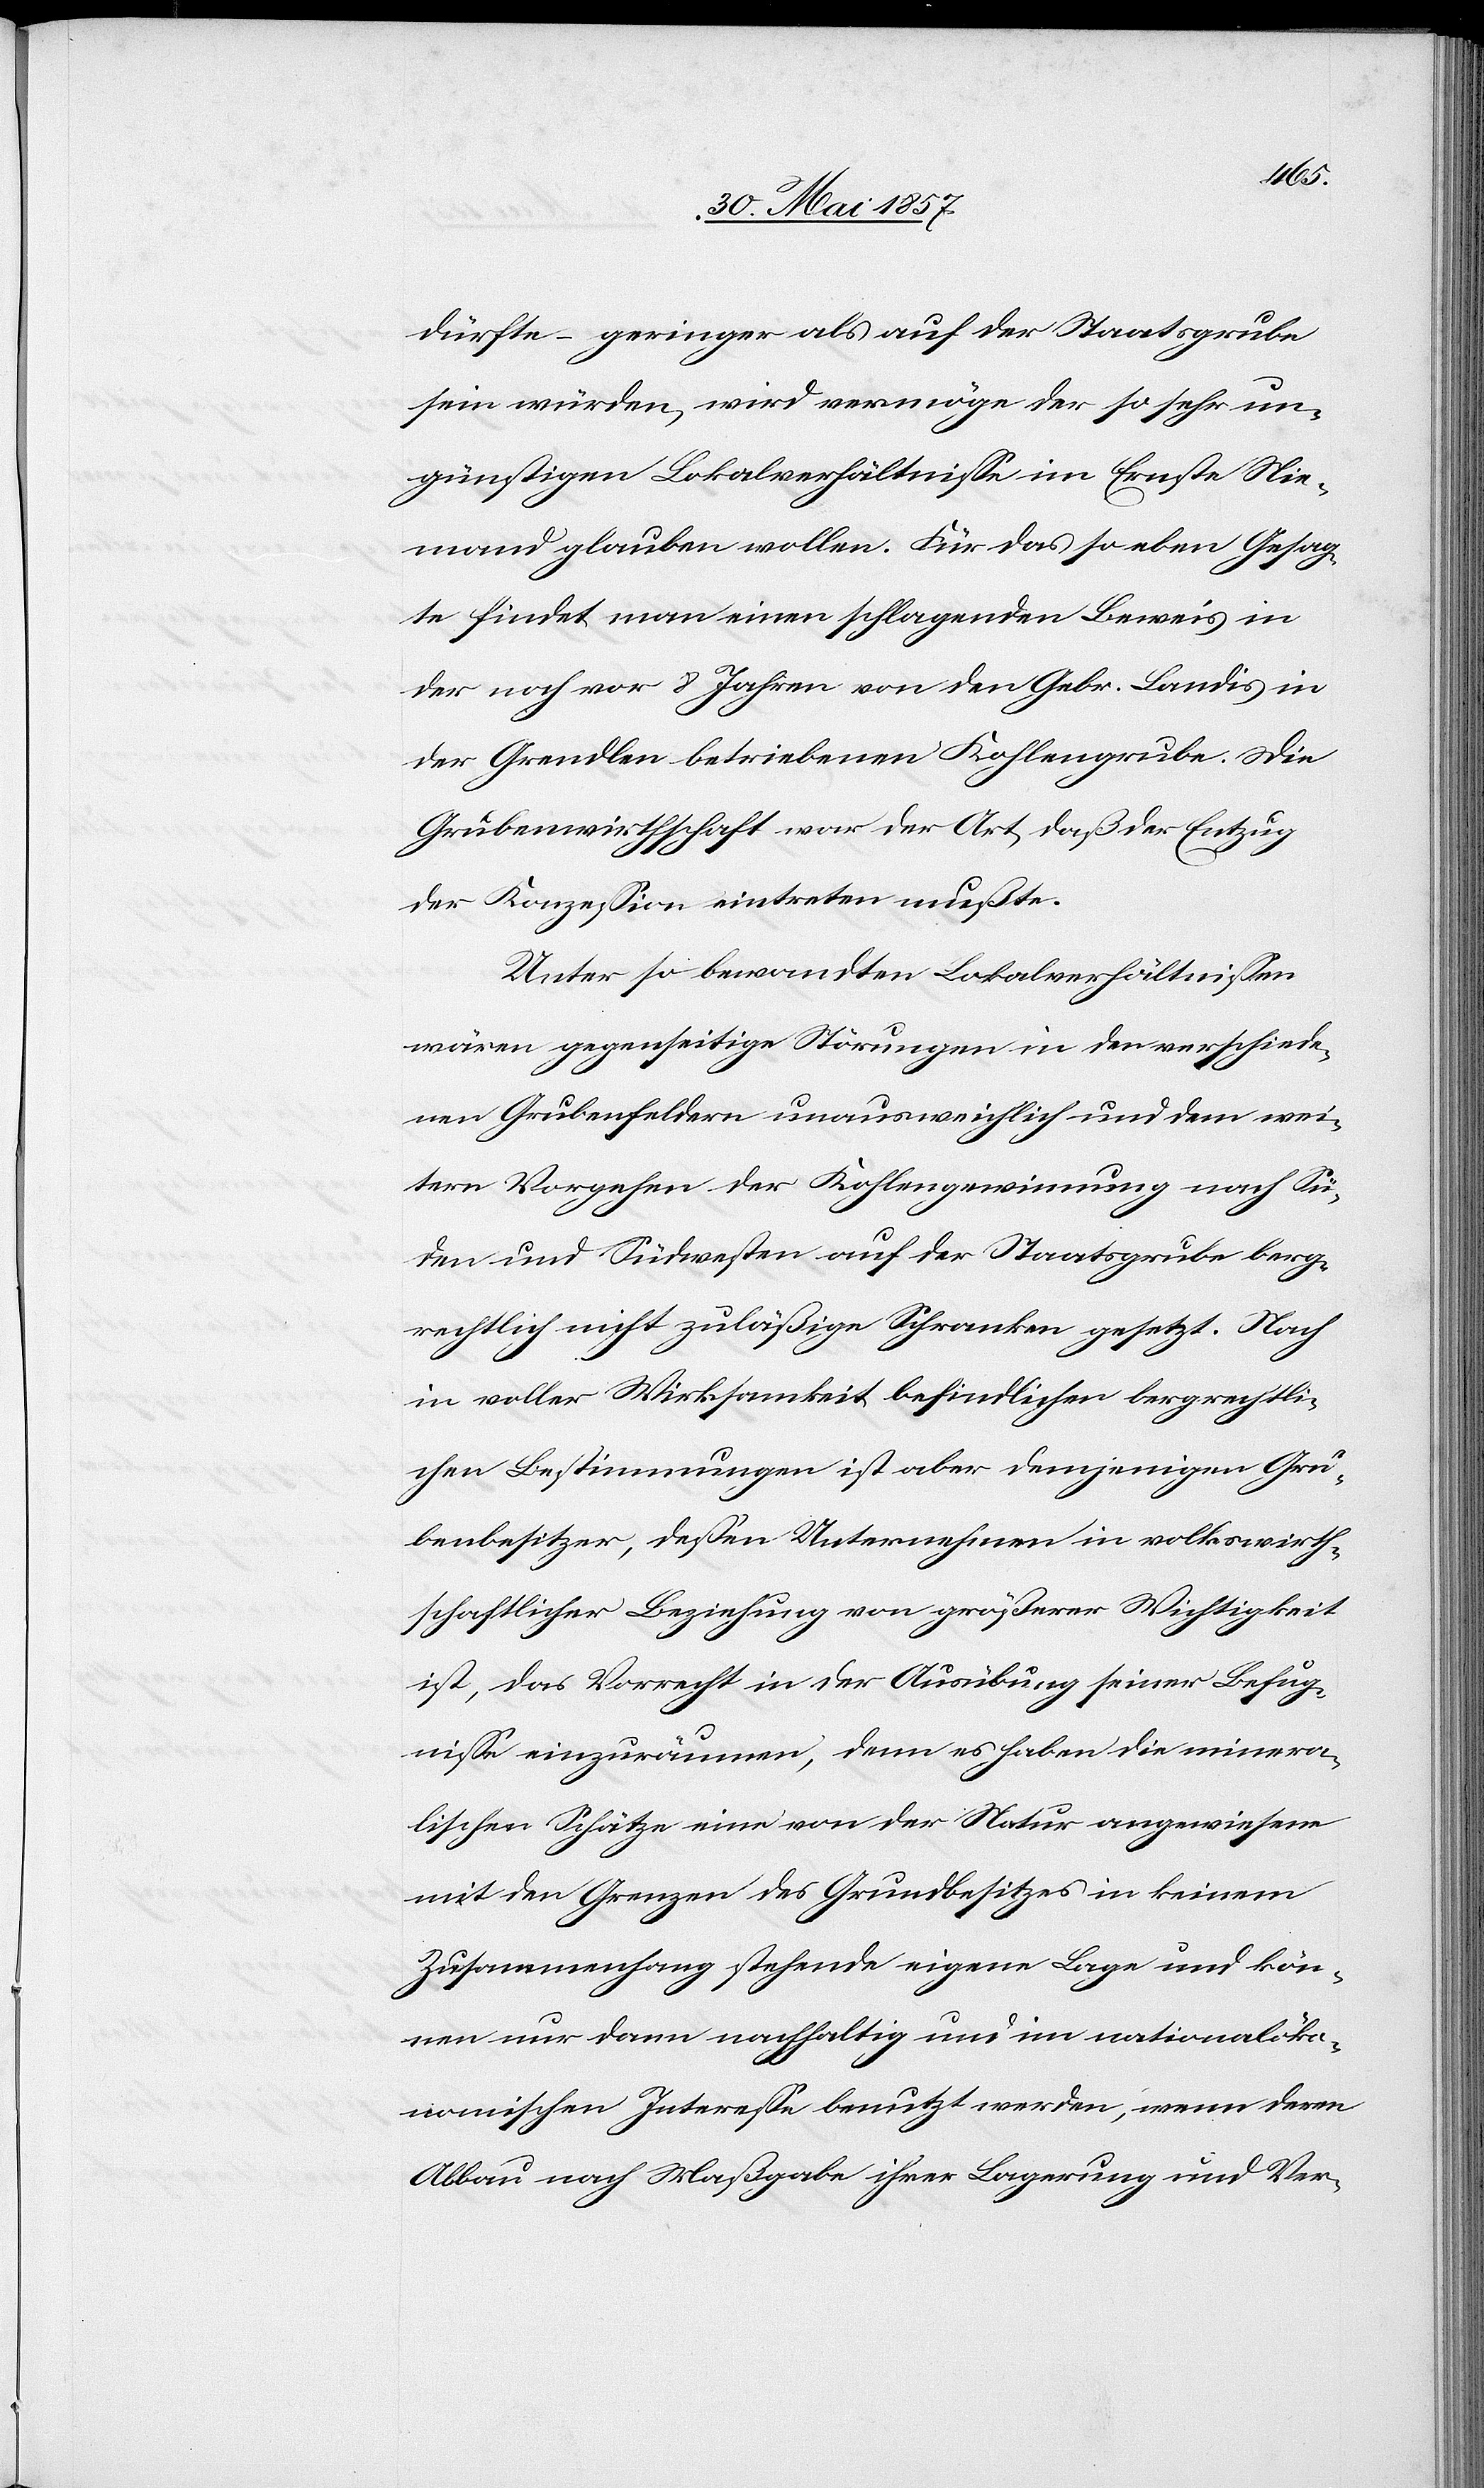
dürfte – geringer als auf der Staatsgrube
sein würden, wird vermöge der so sehr un¬
günstigen Lokalverhältnisse im Ernste Nie¬
mand glauben wollen. Für das so eben Gesag¬
te findet man einen schlagenden Beweis in
der noch vor 8 Jahren von den Gebr. Landis in
der Grendlen betriebenen Kohlengrube. Die
Grubenwirthschaft war der Art daß der Entzug
der Konzession eintreten mußte.
Unter so bewandten Lokalverhältnissen
wären gegenseitige Störungen in den verschiede¬
nen Grubenfeldern unausweichlich und dem wei¬
tern Vorgehen der Kohlengewinnung nach Sü¬
den und Südwesten auf der Staatsgrube berg¬
rechtlich nicht zuläßige Schranken gesetzt. Nach
in voller Wirksamkeit befindlichen bergrechtli¬
chen Bestimmungen ist aber demjenigen Gru¬
benbesitzer, dessen Unternehmen in volkswirth¬
schaftlicher Beziehung von größerer Wichtigkeit
ist, das Vorrecht in der Ausübung seiner Befug¬
nisse einzuräumen, denn es haben die minera¬
lischen Schätze eine von der Natur angewiesene
mit den Grenzen des Grundbesitzers in keinem
Zusammenhang stehende eigene Lage und kön¬
nen nur dann nachhaltig und im nationalöko¬
nomischen Interesse benutzt werden, wenn deren
Abbau nach Maßgabe ihrer Lagerung und Ver-